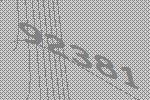
92381